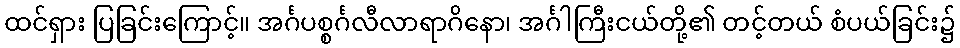
ထင်ရှား ပြခြင်းကြောင့်။ အင်္ဂပစ္စင်္ဂလီလာရာဂိနော၊ အင်္ဂါကြီးငယ်တို့၏ တင့်တယ် စံပယ်ခြင်း၌